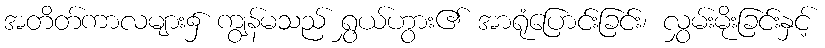
အတိတ်ကာလများ၌ ကျွန်မသည် ရွှယ်ဟွား၏ အာရုံပြောင်းခြင်း၊ လွှမ်းမိုးခြင်းနှင့်